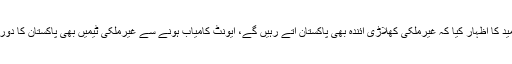
انہوں نے امید کا اظہار کیا کہ غیرملکی کھلاڑی آئندہ بھی پاکستان آتے رہیں گے، ایونٹ کامیاب ہونے سے غیرملکی ٹیمیں بھی پاکستان کا دورہ کریں گی۔